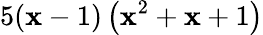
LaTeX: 5(\mathbf{x}-1)\left(\mathbf{x}^{2}+\mathbf{x}+1\right)